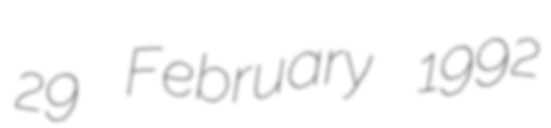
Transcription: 29 February 1992